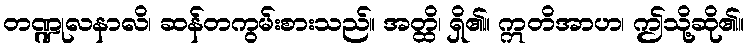
တဏ္ဍုလနာလိ၊ ဆန်တကွမ်းစားသည်။ အတ္ထိ၊ ရှိ၏။ ဣတိအာဟ၊ ဤသို့ဆို၏။